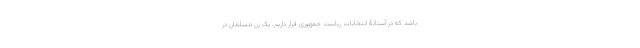
باشد که در آستانۀ انتخابات ریاست جمهوری قرار داریم. یک زن مسلمان در